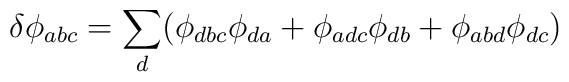
\delta \phi_{abc} = \sum_d (\phi_{dbc} \phi_{da} + \phi_{adc} \phi_{db} +                           \phi_{abd} \phi_{dc} )